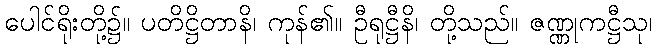
ပေါင်ရိုးတို့၌။ ပတိဋ္ဌိတာနိ၊ ကုန်၏။ ဦရုဋ္ဌီနိ၊ တို့သည်။ ဇဏ္ဏုကဋ္ဌီသု၊